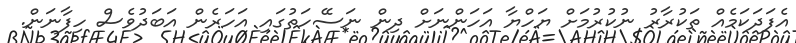
އެފަދަކަމެއް ތަކުރާރު ނުކުރުމަށް ޔަހްޔާ އަހަންނަށް ދިން ނަސޭހަތުގައި އަހަރެން އަބަދުވެސް ހިފާނަން.